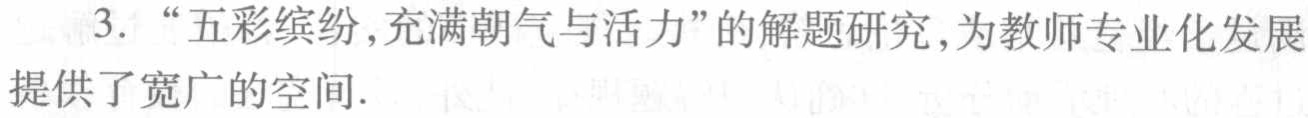
“五彩缤纷,充满朝气与活力”的解题研究,为教师专业化发展提供了宽广的空间.